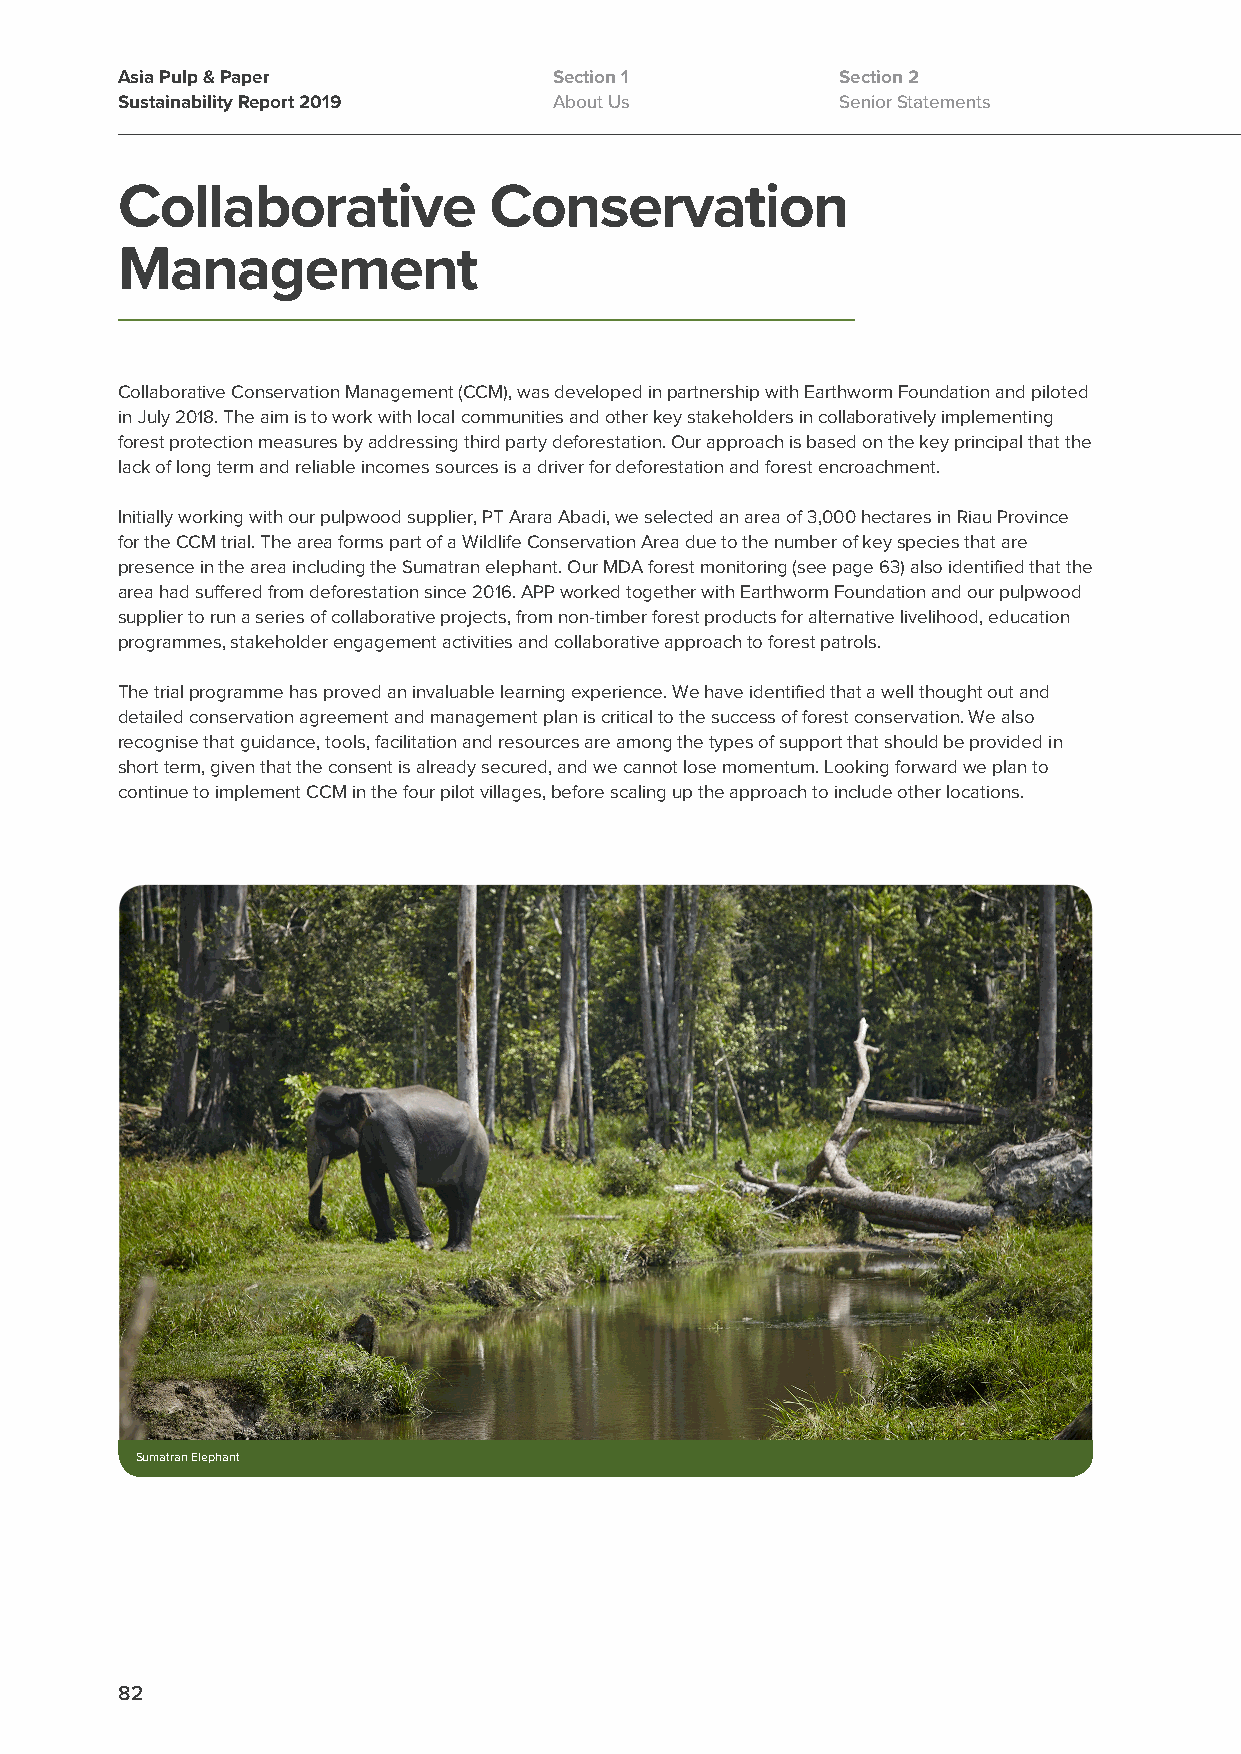
Asia Pulp & Paper            Section 1          Section 2
 Sustainability Report 2019   About Us           Senior Statements
 Collaborative           Conservation
 Management
 Collaborative Conservation Management (CCM), was developed in partnership with Earthworm Foundation and piloted
 in July 2018. The aim is to work with local communities and other key stakeholders in collaboratively implementing
 forest protection measures by addressing third party deforestation. Our approach is based on the key principal that the
 lack of long term and reliable incomes sources is a driver for deforestation and forest encroachment.
 Initially working with our pulpwood supplier, PT Arara Abadi, we selected an area of 3,000 hectares in Riau Province
 for the CCM trial. The area forms part of a Wildlife Conservation Area due to the number of key species that are
 presence in the area including the Sumatran elephant. Our MDA forest monitoring (see page 63) also identified that the
 area had suffered from deforestation since 2016. APP worked together with Earthworm Foundation and our pulpwood
 supplier to run a series of collaborative projects, from non-timber forest products for alternative livelihood, education
 programmes, stakeholder engagement activities and collaborative approach to forest patrols.
 The trial programme has proved an invaluable learning experience. We have identified that a well thought out and
 detailed conservation agreement and management plan is critical to the success of forest conservation. We also
 recognise that guidance, tools, facilitation and resources are among the types of support that should be provided in
 short term, given that the consent is already secured, and we cannot lose momentum. Looking forward we plan to
 continue to implement CCM in the four pilot villages, before scaling up the approach to include other locations.
 Sumatran Elephant
 82